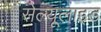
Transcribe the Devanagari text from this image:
सेल्यूलाइड